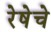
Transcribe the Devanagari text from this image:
रेषेचे